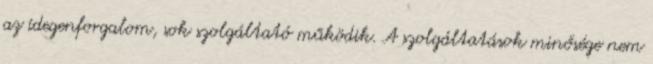
az idegenforgalom, sok szolgáltató működik. A szolgáltatások minősége nem